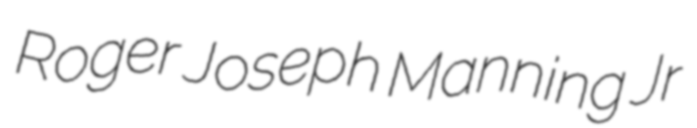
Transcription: Roger Joseph Manning Jr